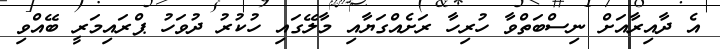
އެ ދާއިރާއަށް ނިސްބަތްވާ ހުރިހާ ރަށެއްގަޔާއި މާލޭގައި ހުކުރު ދުވަހު ޕްރައިމަރީ ބޭއްވި